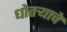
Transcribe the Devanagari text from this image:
धोतर्‍याचे